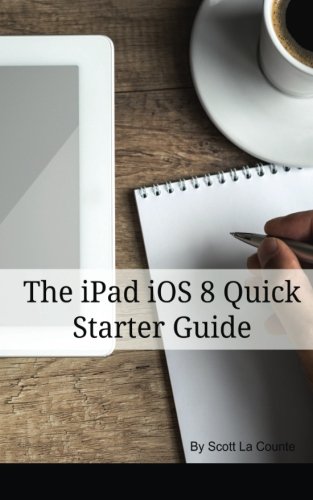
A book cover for The iPad iOS 8 Quick Starter Guide: (For iPad 2, 3 or 4, iPad Air iPad Mini with iOS 8); Scott La Counte; Computers & Technology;